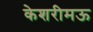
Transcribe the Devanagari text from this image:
केशरीमऊ